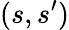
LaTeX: (s,s^{\prime})